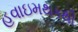
હવાઇમથકથી